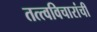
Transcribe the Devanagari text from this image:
तत्त्वविचारांची